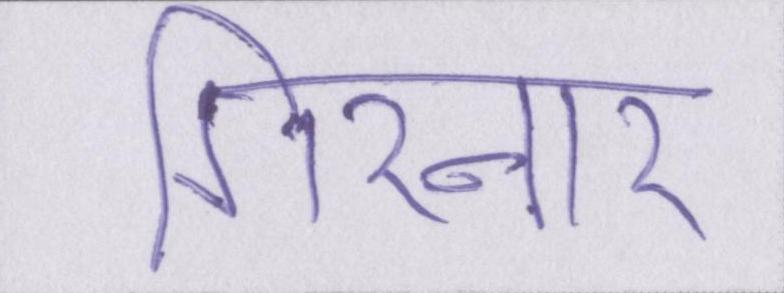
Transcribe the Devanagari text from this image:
गिरनार